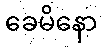
ခေမိနော